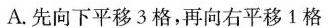
A.先向下平移3格，再向右平移1格